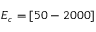
E _ { c } = [ 5 0 - 2 0 0 0 ]